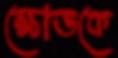
ক্ষোভকে